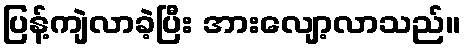
ပြန့်ကျဲလာခဲ့ပြီး အားလျော့လာသည်။